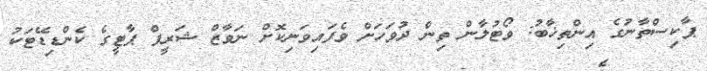
ޕާކިސްތާނުގެ އިންތިޚާބު: ވޯޓުލާން ތިން ދުވަހަށް ވެފައިވަނިކޮށް ނަވާޒް ޝަރީފް ޕާޓީގެ ކެންޑިޑޭޓަކު